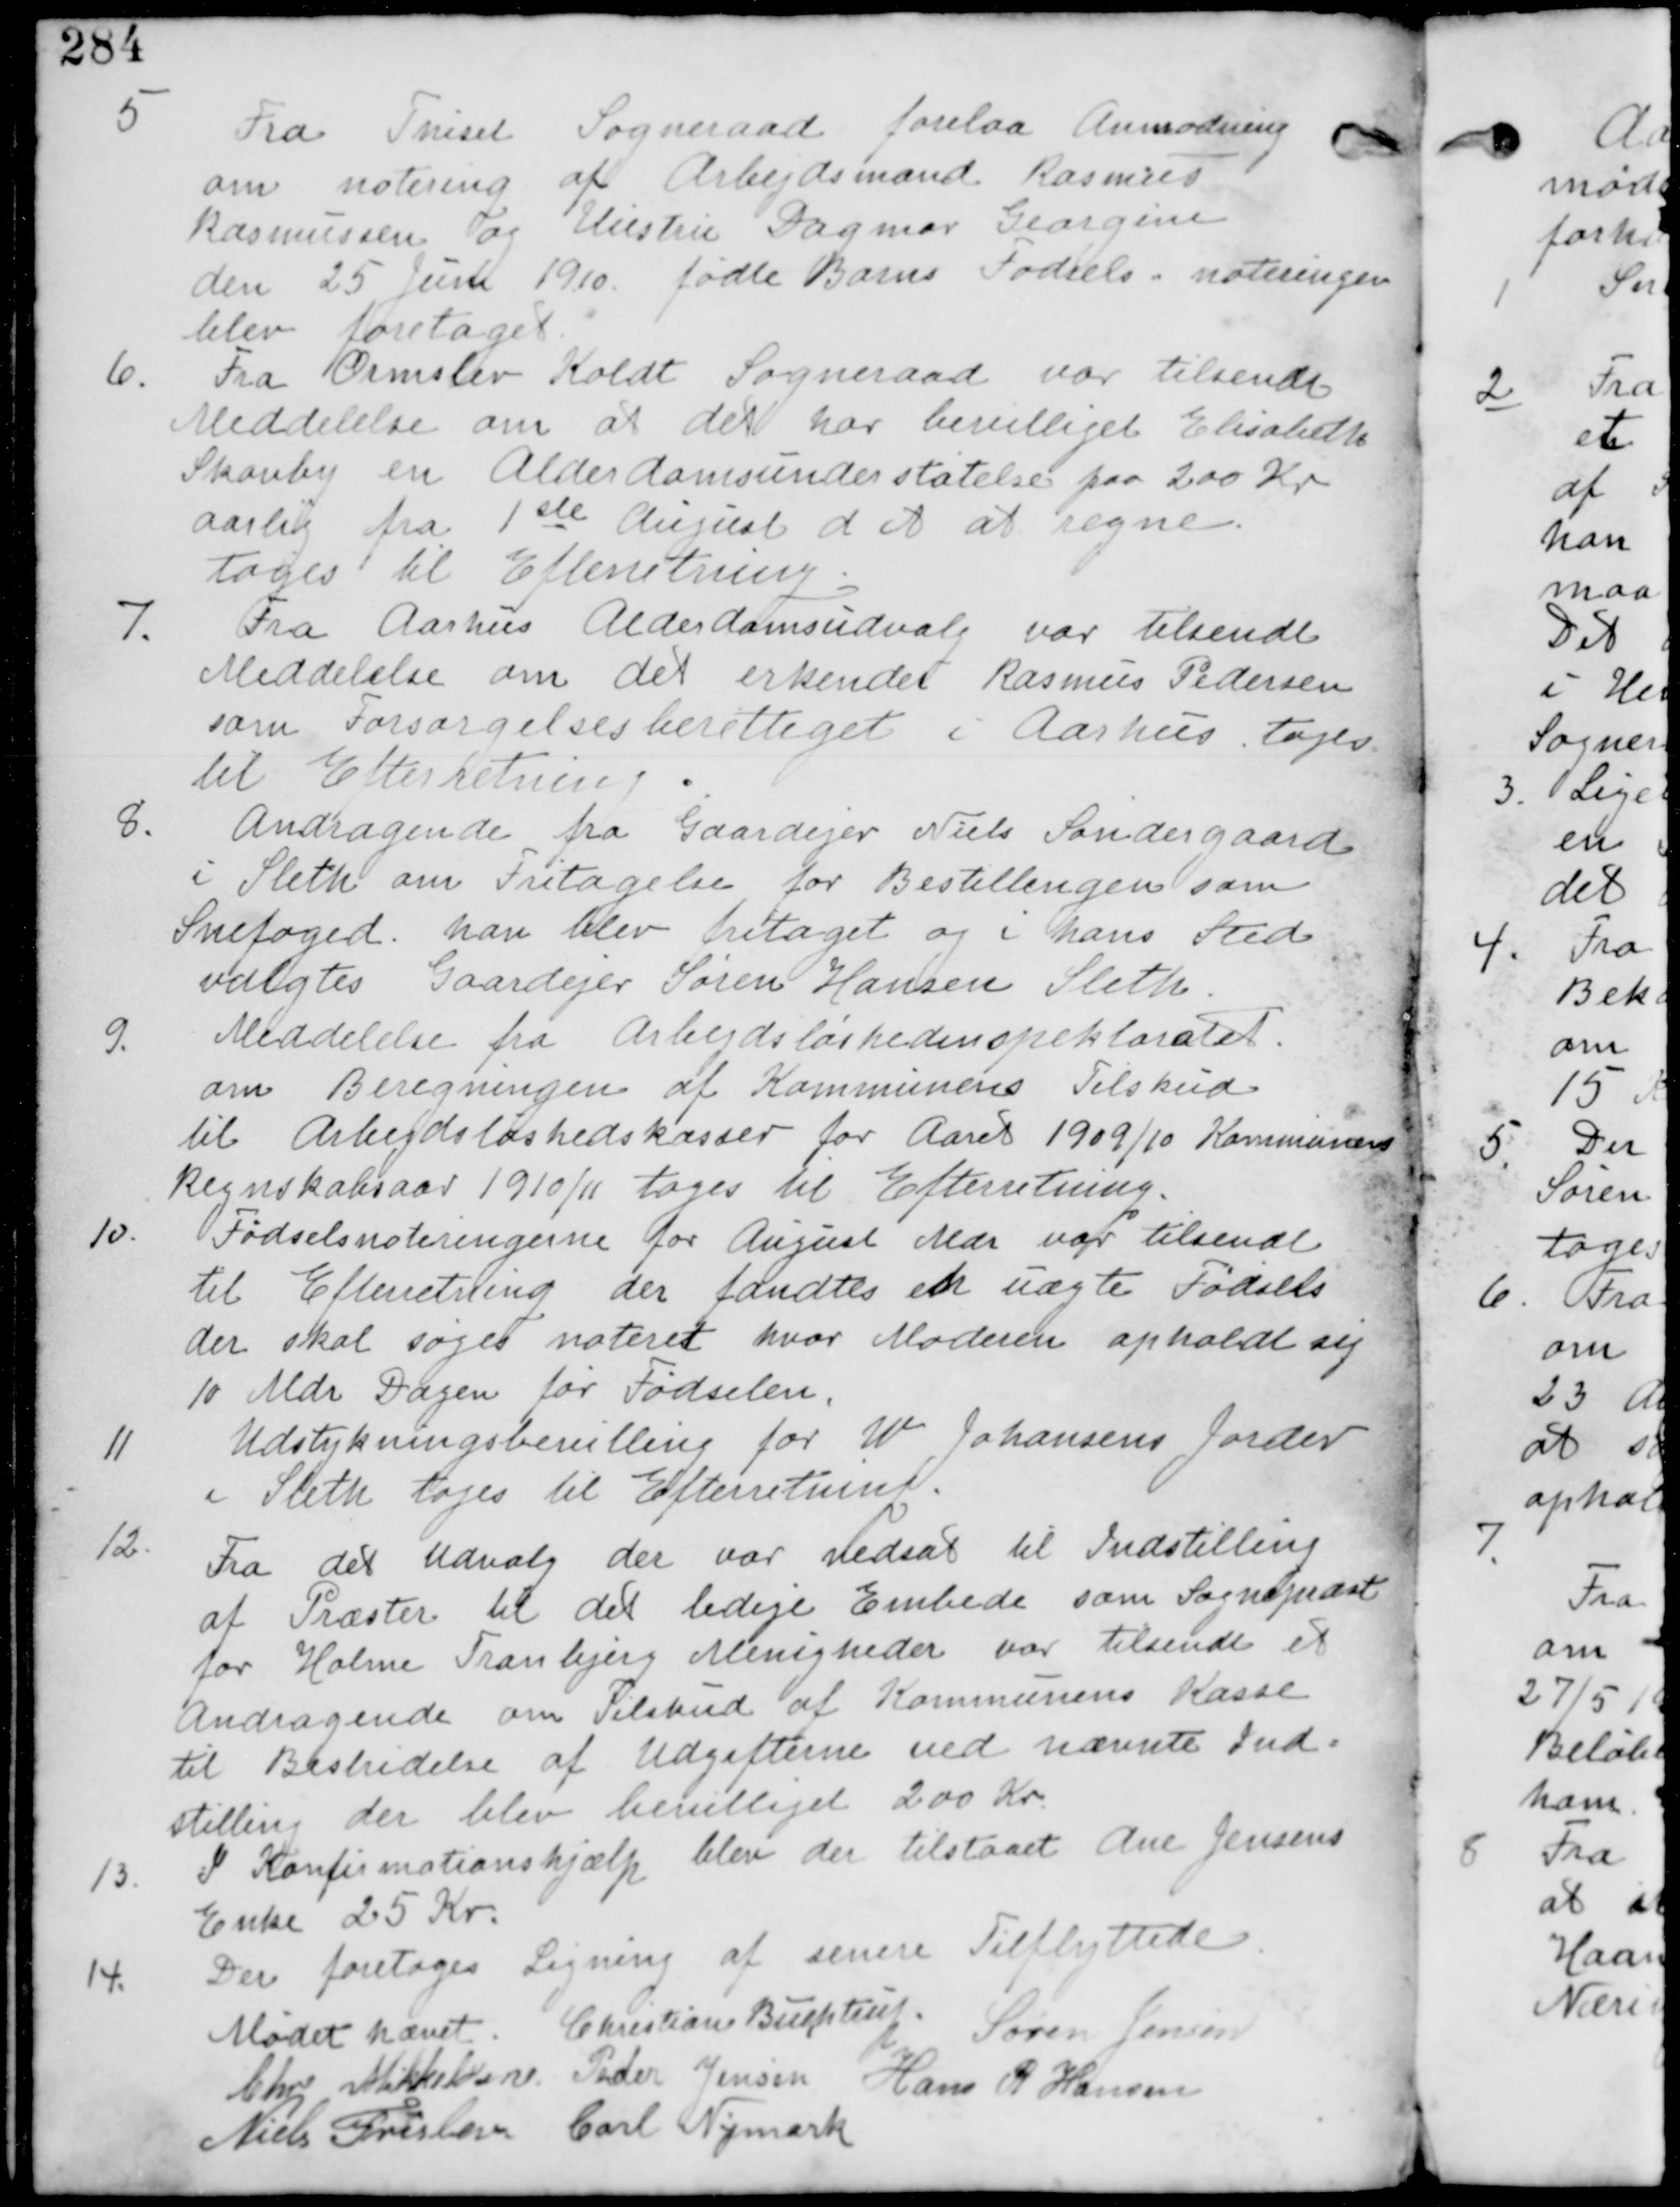
Transskription:
5
Fra Thiset Sogneraad forelaa Anmodning
om notering af Arbejdsmand Rasmus
Rasmussen og Christine Dagmar Georgine
den 25 Juni fødte Barns Fødsels i noteringen
blev foretaget.

6. Fra Ormslev Koldt Sogneraad var tilsendt
Meddelelse om at det var bevilliget Elisabeth
Skouby en Alderdomsunderstøttelse paa 200 Kr
aarlig fra 1ste August d A at regne
tages til Efterretning.

7. Fra Aarhus Alderdomsudvalg var tilsendt
Meddelelse om det erkender Rasmus Pedersen
som Forsørgelsesberettiget i Aarhus. tages
til Efterretning.

8. Andragende fra Gaardejer Niels Søndergaard
i Sleth om Fritagelse for Bestillingen som
Snefoged. han blev fritaget og i hans Sted
valgtes Gaardejer Søren Hansen Sleth.

9.
Meddelelse fra Arbejdsløshedinspektoratet
om Beregningen af Kommunens Tilskud
til Arbejdsløshedskasser for Aaret 1909/10 Kommunens
Regnskabsaar 1910/11 tages til Efterretning.

10. Fødselsnoteringerne for August Mdr var tilsendt
til Efterretning der fandtes en uægte Fødsel
der skal søges noteret hvor Moderen opholdt sig
10 Mdr Dagen for Fødselen.

11.
Udstykningsbevilling for W Johansens Jorder
i Sleth tages til Efterretning.

12.
Fra det Udvalg der var nedsat til Indstilling
af Præster til det ledige Embede som Sognepræst
for Holme Tranbjerg Menigheder var tilsendt et
Andragende om Tilskud af Kommunens Kasse
til Bestridelse af Udgifterne ved nævnte Ind-
stilling der blev bevilliget 200 Kr

13. I Konfirmationshjælp blev tilstaaet Ane Jensens
Enke 25 Kr.

14.
Der foretages Ligning af senere Tilflyttede.

Mødet hævet. Christian Buchtrup. Søren Jensen
Chr Mikkelsen Peder Jensen Hans R Hansen
Niels Frislev Carl Nymark